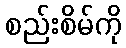
စည်းစိမ်ကို